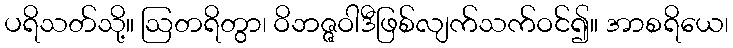
ပရိသတ်သို့။ ဩတရိတွာ၊ ဝိဘဇ္ဇဝါဒီဖြစ်လျက်သက်ဝင်၍။ အာစရိယေ၊